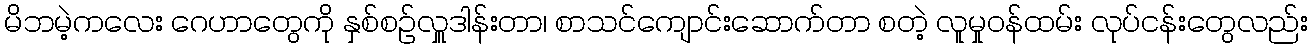
မိဘမဲ့ကလေး ဂေဟာတွေကို နှစ်စဉ်လှူဒါန်းတာ၊ စာသင်ကျောင်းဆောက်တာ စတဲ့ လူမှုဝန်ထမ်း လုပ်ငန်းတွေလည်း